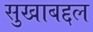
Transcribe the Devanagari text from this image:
सुखाबद्दल